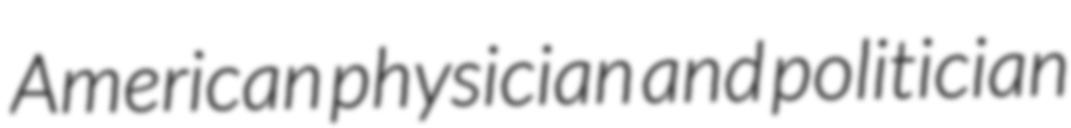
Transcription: American physician and politician